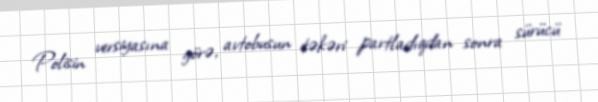
Polisin versiyasına görə, avtobusun təkəri partladıqdan sonra sürücü